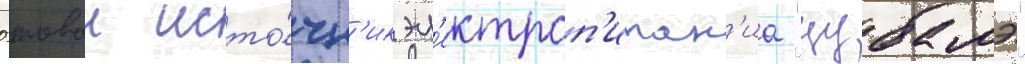
Бортовои исто́чн'ик эл'ектроп'итан'иа "цубамэ"